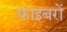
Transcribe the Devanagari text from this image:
फ़ाइबरों